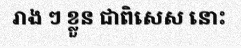
រាង ៗ ខ្លួន ជាពិសេស នោះ